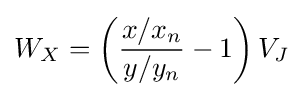
W_{X}=\left({\frac {x/x_{n}}{y/y_{n}}}-1\right)V_{J}